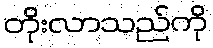
တိုးလာသည်ကို